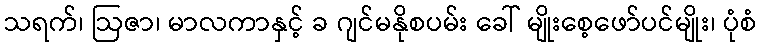
သရက်၊ ဩဇာ၊ မာလကာနှင့် ခ ဂျင်မနိုစပမ်း ခေါ် မျိုးစေ့ဖော်ပင်မျိုး၊ ပုံစံ